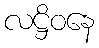
လဋ္ဌိဝနေ